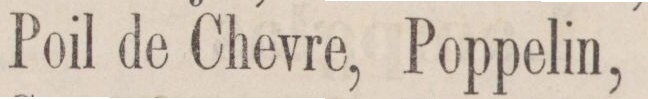
Poil de Chevre,    Poppelin,